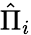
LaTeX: {\hat{\Pi}}_{i}